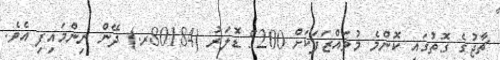
ޗާޖުގެ ގޮތުގައި ކޮންމެ މުވައްޒަފަކަށް 5200 ޑޮލަރު (80184ރ.) ދޭން ނިންމައިފި އެވެ.